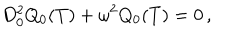
D _ { 0 } ^ { 2 } Q _ { 0 } ( T ) + \omega ^ { 2 } Q _ { 0 } ( T ) = 0 \, ,